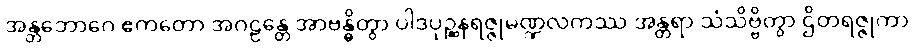
အန္တဘောဂေ ဧကတော အဂဠန္တေ အာဗန္ဓိတွာ ပါဒပုဉ္ဆနရဇ္ဇုမဏ္ဍလကဿ အန္တရာ သံသိဗ္ဗိတွာ ဌိတရဇ္ဇုကာ